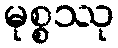
မုစ္စဿု